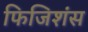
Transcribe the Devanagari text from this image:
फिजिशंस